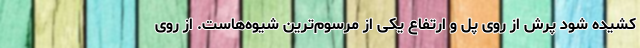
کشیده شود پرش از روی پل و ارتفاع یکی از مرسوم‌ترین شیوه‌هاست. از روی